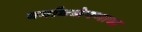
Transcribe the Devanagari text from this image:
वर्गांधळेपणाचा